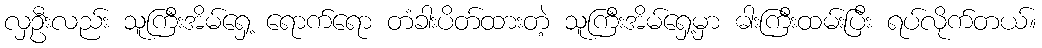
လှဦးလည်း သူကြီးအိမ်ရှေ့ ရောက်ရော တံခါးပိတ်ထားတဲ့ သူကြီးအိမ်ရှေ့မှာ ဓါးကြီးထမ်းပြီး ရပ်လိုက်တယ်။